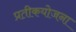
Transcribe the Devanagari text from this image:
प्रतीकयोजना